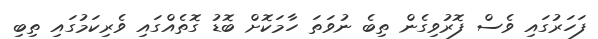
ފަހަރުގައި ވެސް ފޮރުވިގެން ތިބެ ނުވަތަ ހާމަކޮށް ބޮޑު ގޮތެއްގައި ވެރިކަމުގައި ތިބި